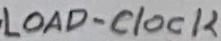
Text: LOAD-Clock